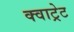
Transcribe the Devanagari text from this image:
क्वाट्रेट